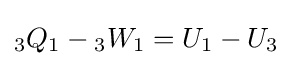
{}_{3}Q_{1}-{}_{3}W_{1}=U_{1}-U_{3}